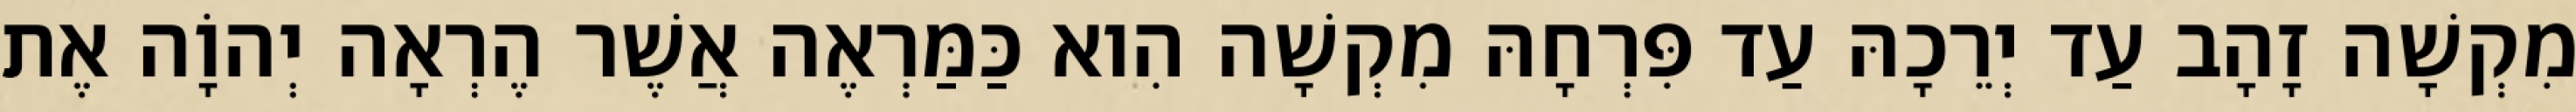
מִקְשָׁה זָהָב עַד יְרֵכָהּ עַד פִּרְחָהּ מִקְשָׁה הִוא כַּמַּרְאֶה אֲשֶׁר הֶרְאָה יְהוָֹה אֶת